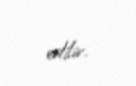
edilir.